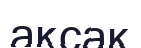
ақсақ